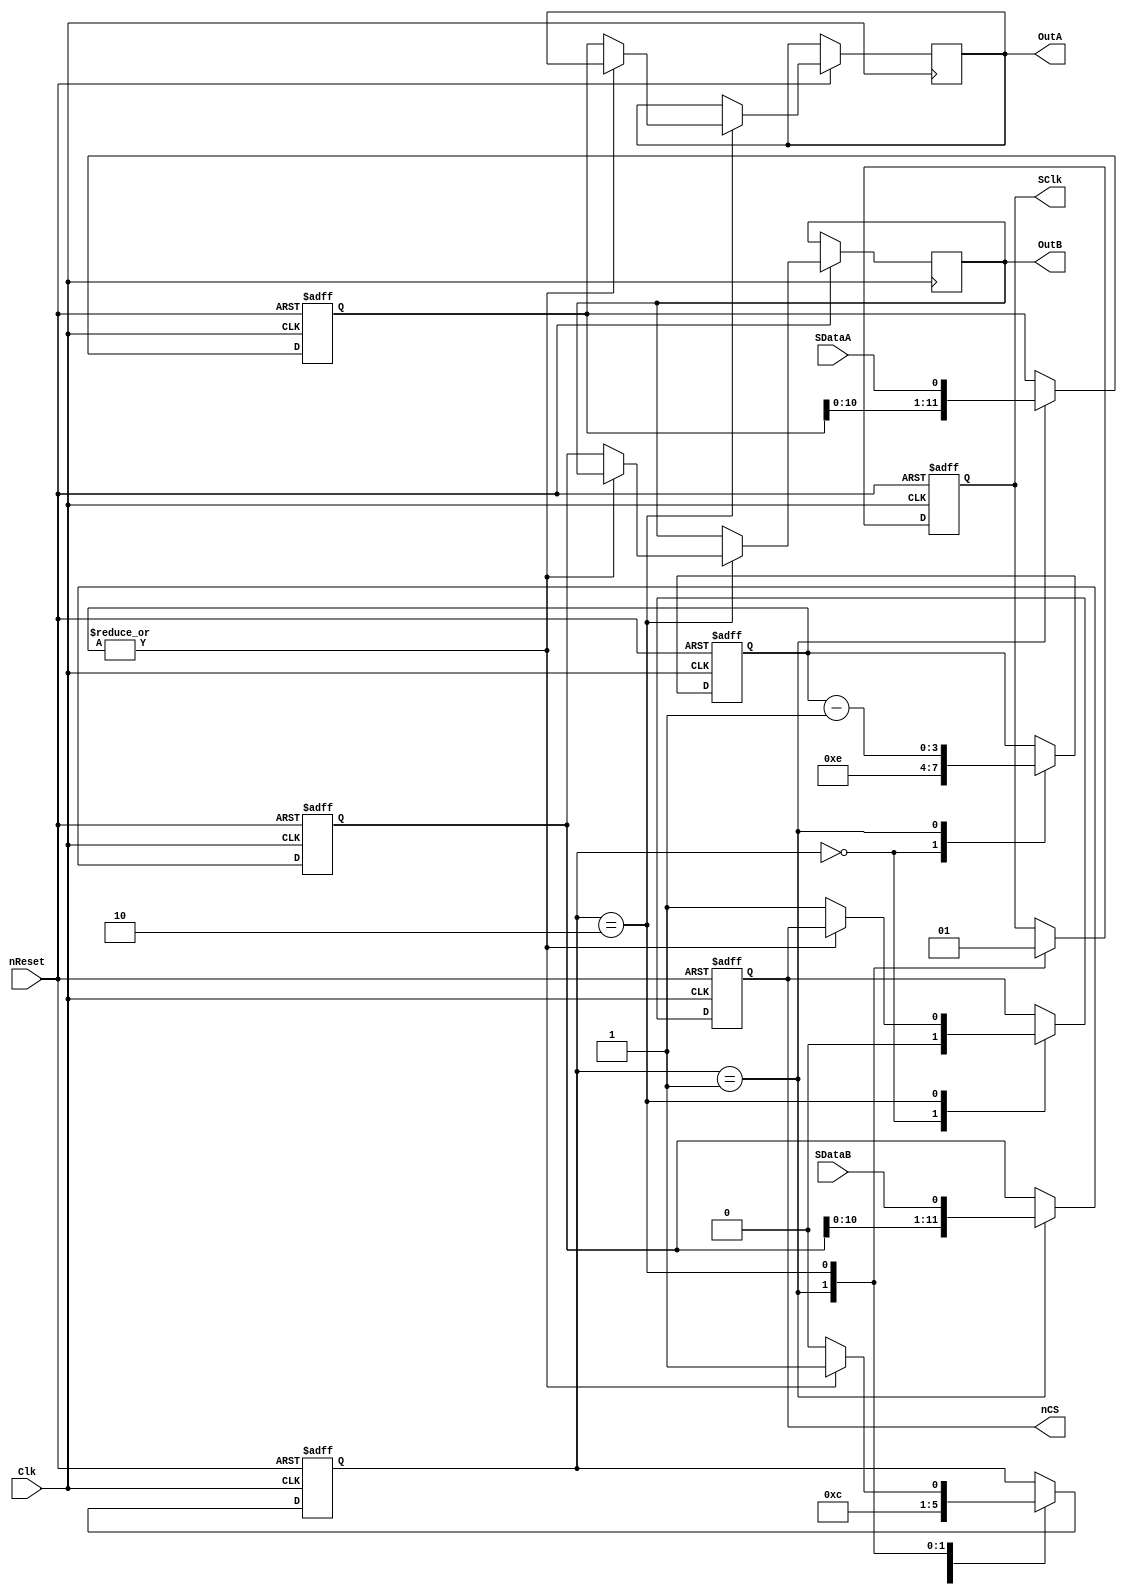
//==============================================================================
// Copyright (C) John-Philip Taylor
// jpt13653903@gmail.com
//
// This file is part of a library
//
// This file is free software: you can redistribute it and/or modify
// it under the terms of the GNU General Public License as published by
// the Free Software Foundation, either version 3 of the License, or
// (at your option) any later version.
// 
// This program is distributed in the hope that it will be useful,
// but WITHOUT ANY WARRANTY; without even the implied warranty of
// MERCHANTABILITY or FITNESS FOR A PARTICULAR PURPOSE.  See the
// GNU General Public License for more details.
// 
// You should have received a copy of the GNU General Public License
// along with this program.  If not, see <http://www.gnu.org/licenses/>
//==============================================================================

module AD7356(
  input            nReset,
  input            Clk, // max 160 MHz; min 100 kHz

  output reg [11:0]OutA,
  output reg [11:0]OutB,

  output reg       nCS,
  output reg       SClk,
  input            SDataA,
  input            SDataB);
//------------------------------------------------------------------------------

  reg [ 1:0]state;
  reg [ 3:0]count;
  reg [11:0]dataA;
  reg [11:0]dataB;
//------------------------------------------------------------------------------

  always @(negedge nReset, posedge Clk) begin
    if(!nReset) begin
      state <= 0;
      count <= 0;
      nCS   <= 1'b1;
      SClk  <= 1'b1;
      dataA <= 0;
      dataB <= 0;
      count <= 0;
//------------------------------------------------------------------------------

    end else begin
      case(state)
        2'd0: begin
          nCS   <= 1'b0;
          count <= 4'd14;
          state <= 2'd1;
        end
//------------------------------------------------------------------------------
    
        2'd1: begin
          SClk  <= 1'b0;
          dataA <= {dataA[10:0], SDataA};
          dataB <= {dataB[10:0], SDataB};
          count <= count - 1'b1;
          state <= 2'd2;
        end
//------------------------------------------------------------------------------
   
        2'd2: begin
          SClk <= 1'b1;
          if(~|count) begin
            OutA  <= dataA;
            OutB  <= dataB;
            nCS   <= 1'b1;
            state <= 1'b0;

          end else begin
            state <= 2'd1;
          end
        end
//------------------------------------------------------------------------------

        default:;
      endcase
    end
  end
endmodule
//------------------------------------------------------------------------------